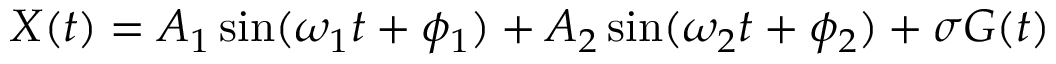
X ( t ) = A _ { 1 } \sin ( \omega _ { 1 } t + \phi _ { 1 } ) + A _ { 2 } \sin ( \omega _ { 2 } t + \phi _ { 2 } ) + \sigma G ( t )